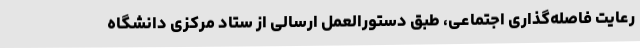
رعایت فاصله‌گذاری اجتماعی، طبق دستورالعمل ارسالی از ستاد مرکزی دانشگاه